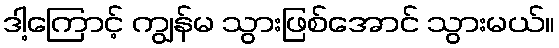
ဒါ့ကြောင့် ကျွန်မ သွားဖြစ်အောင် သွားမယ်။